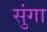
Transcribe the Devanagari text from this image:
सुंगा